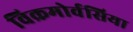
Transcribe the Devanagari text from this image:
विक्रमोर्वसिया